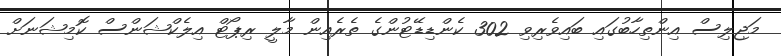
މަޖިލިސް އިންތިހާބުގައި ބައިވެރިވި 302 ކެންޑިޑޭޓުންގެ ތެރެއިން މާލީ ރިޕޯޓް އިލެކްޝަންސް ކޮމިޝަނަށް